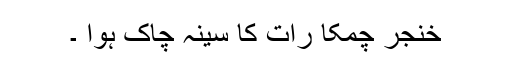
خنجر چمکا رات کا سینہ چاک ہوا ۔